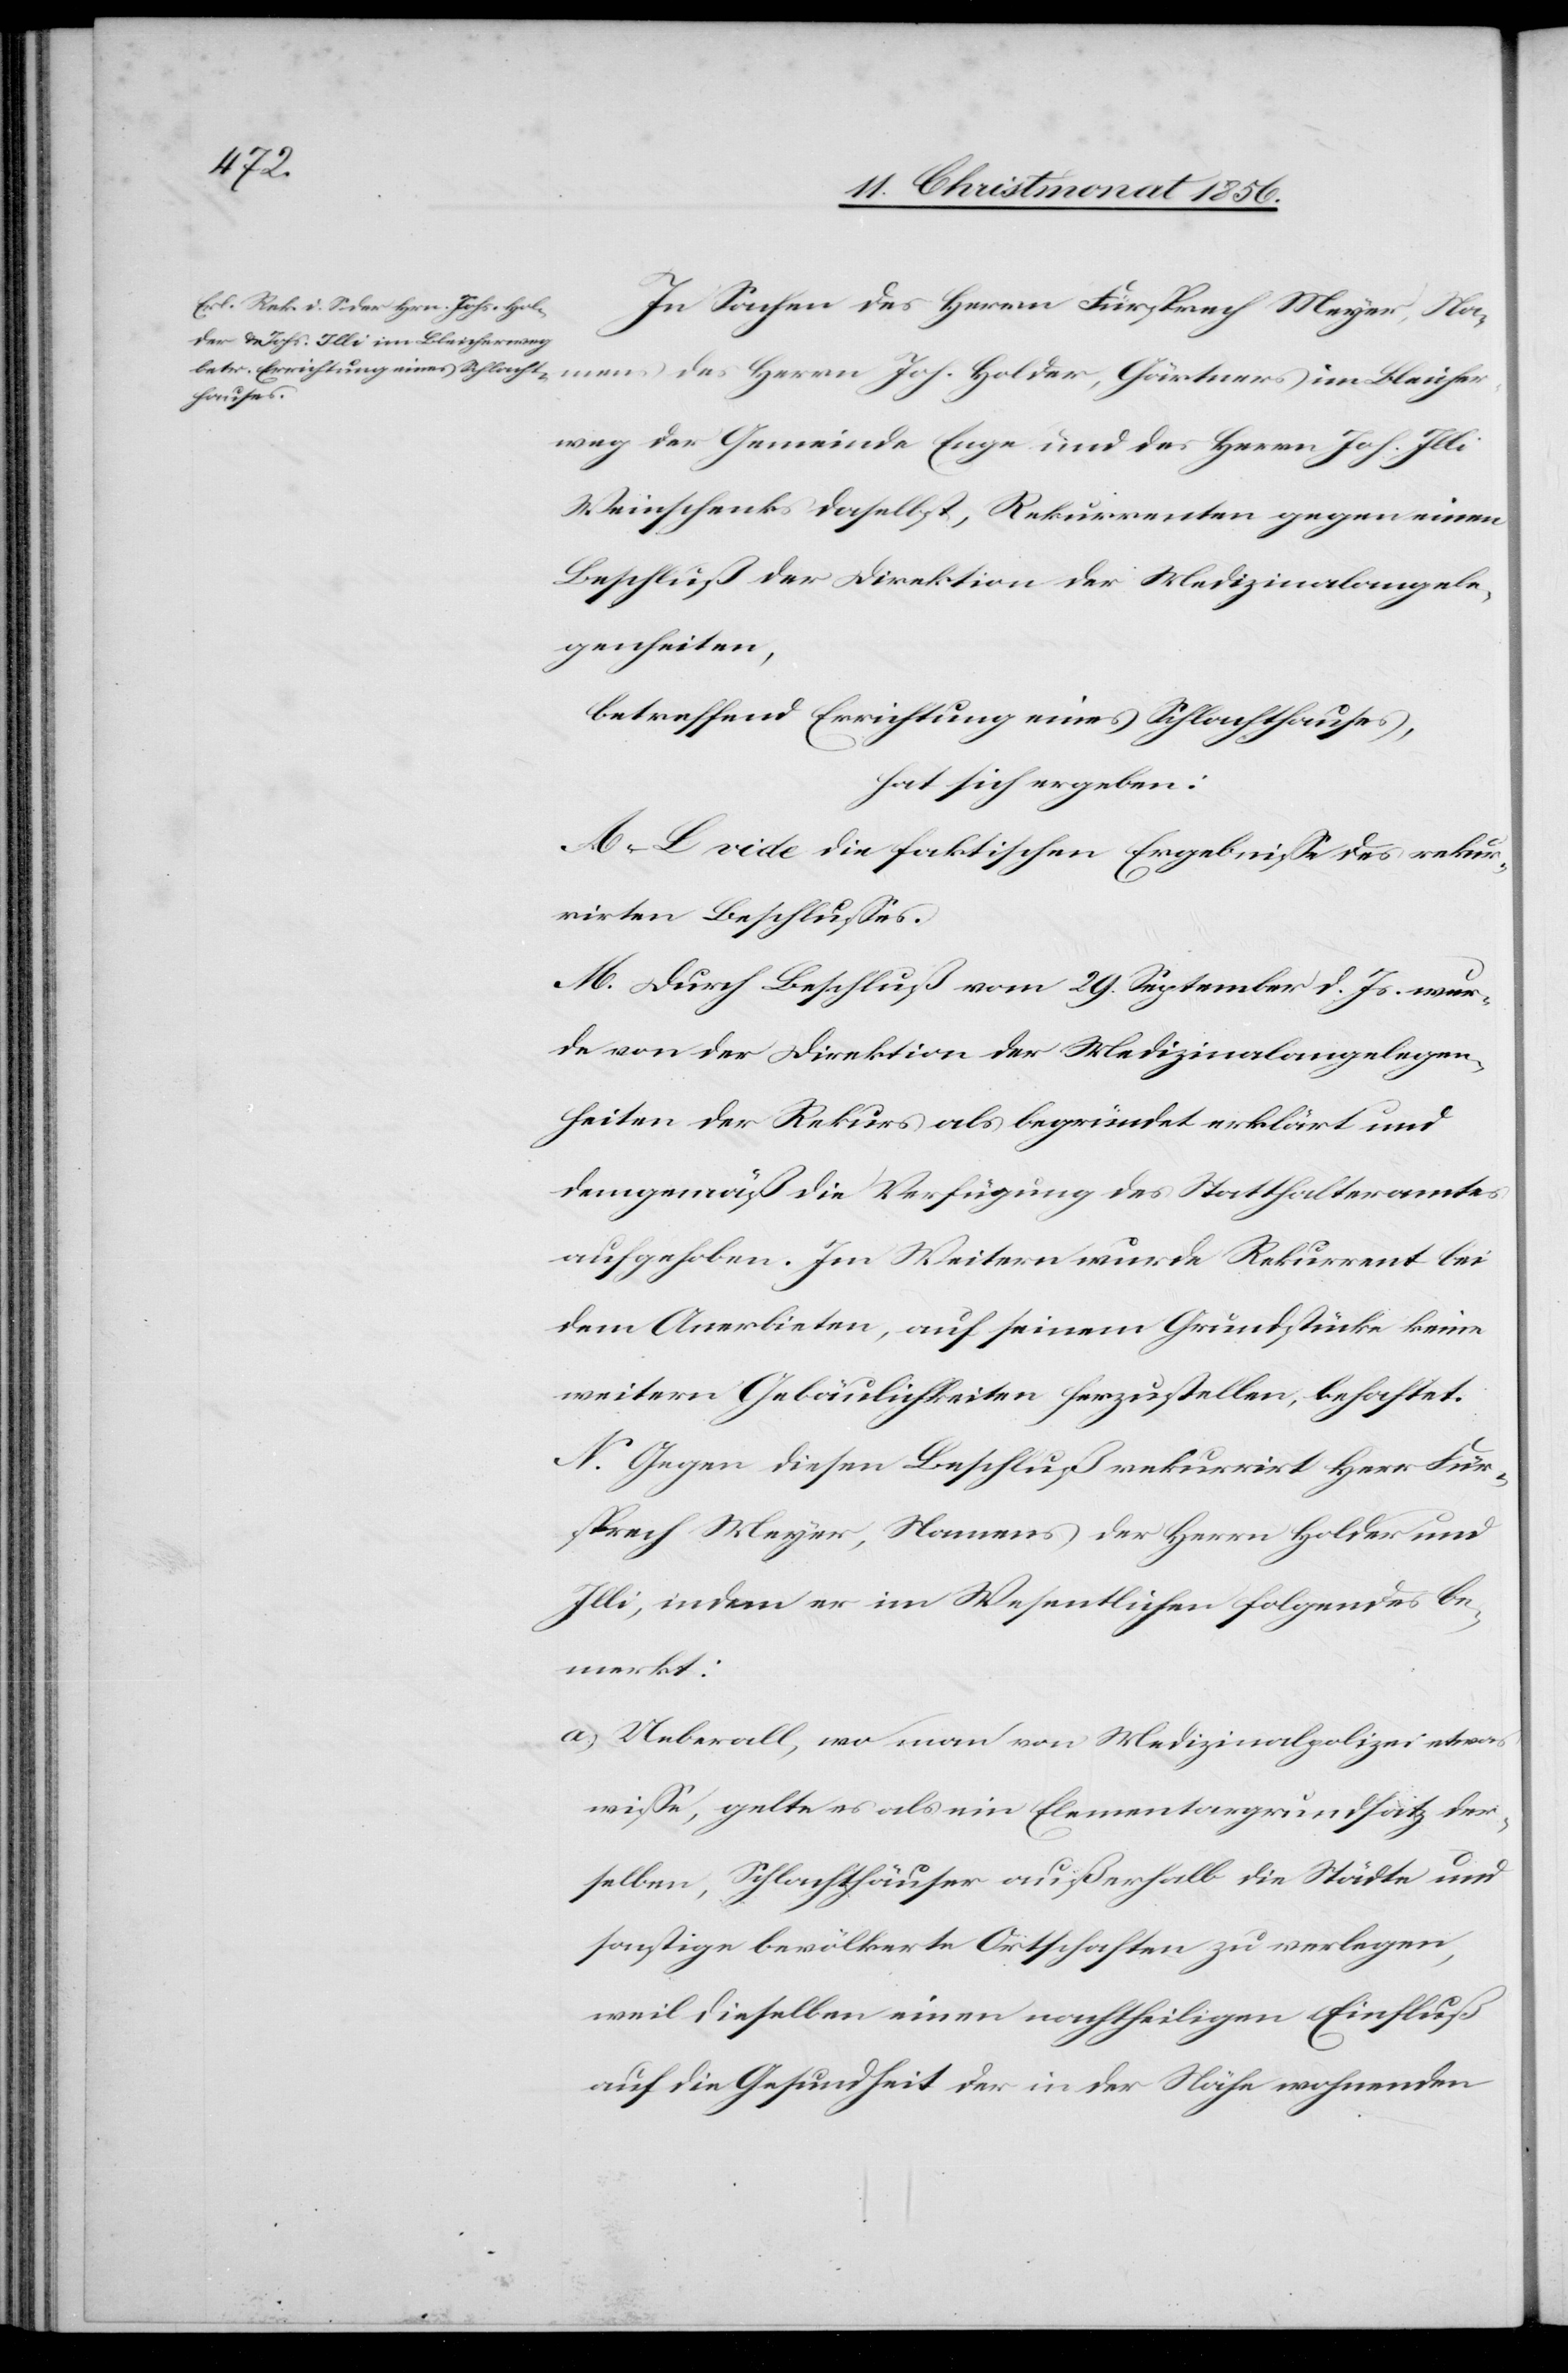
In Sachen des Herrn Fürsprech Meyer, Namens
Bleicher¬
weg der Gemeinde Enge und des Herrn Joh. Illi
Weinschenk daselbst, Rekurrenten gegen einen
Beschluß der Direktion der Medizinalangele¬
genheiten,
betreffend Errichtung eines Schlachthauses,
hat sich ergeben:
A.–L. vide die faktischen Ergebnisse des rekur¬
rirten Beschlusses.
M. Durch Beschluß vom 29. September d. Js. wur¬
de von der Direktion der Medizinalangelegen¬
heiten der Rekurs als begründet erklärt und
demgemäß die Verfügung des Statthalteramtes
aufgehoben. Im Weitern wurde Rekurrent bei
dem Anerbieten, auf seinem Grundstücke keine
weitern Gebäulichkeiten herzustellen, behaftet.
N. Gegen diesen Beschluß rekurrirt Herr Für¬
sprech Meyer, Namens der Herrn Holder und
Illi, indem er im Wesentlichen folgendes be¬
merkt:
a) Ueberall, wo man von Medizinalpolizei etwas
wisse, gelte es als ein Elementargrundsatz der¬
selben, Schlachthäuser außerhalb die Städte und
sonstige bevölkerte Ortschaften zu verlegen,
weil dieselben einen nachtheiligen Einfluß
auf die Gesundheit der in der Nähe wohnenden